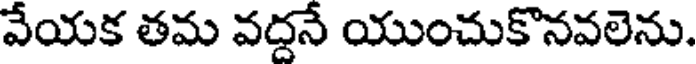
వేయక తమ వద్దనే యుంచుకొనవలెను.